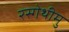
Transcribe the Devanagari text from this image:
रस्गेथीमु